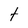
Character: t